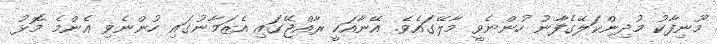
މޫނިފާކު މުދިންކަލޭގެފާނު ހުންނެވީ މާލޭގައެވެ. އޭނާއަކީ ރާއްޖޭގައި އެޒަމާނުގައި ހުންނެވި އެންމެ މޮޅު